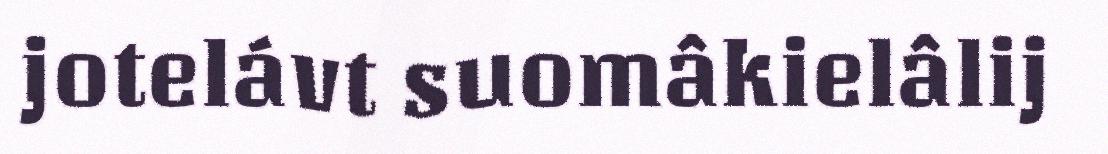
jotelávt suomâkielâlij